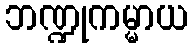
ဘဏ္ဍုကမ္မာယ